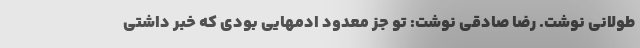
طولانی نوشت. رضا صادقی نوشت: تو جز معدود ادمهایى بودى که خبر داشتى